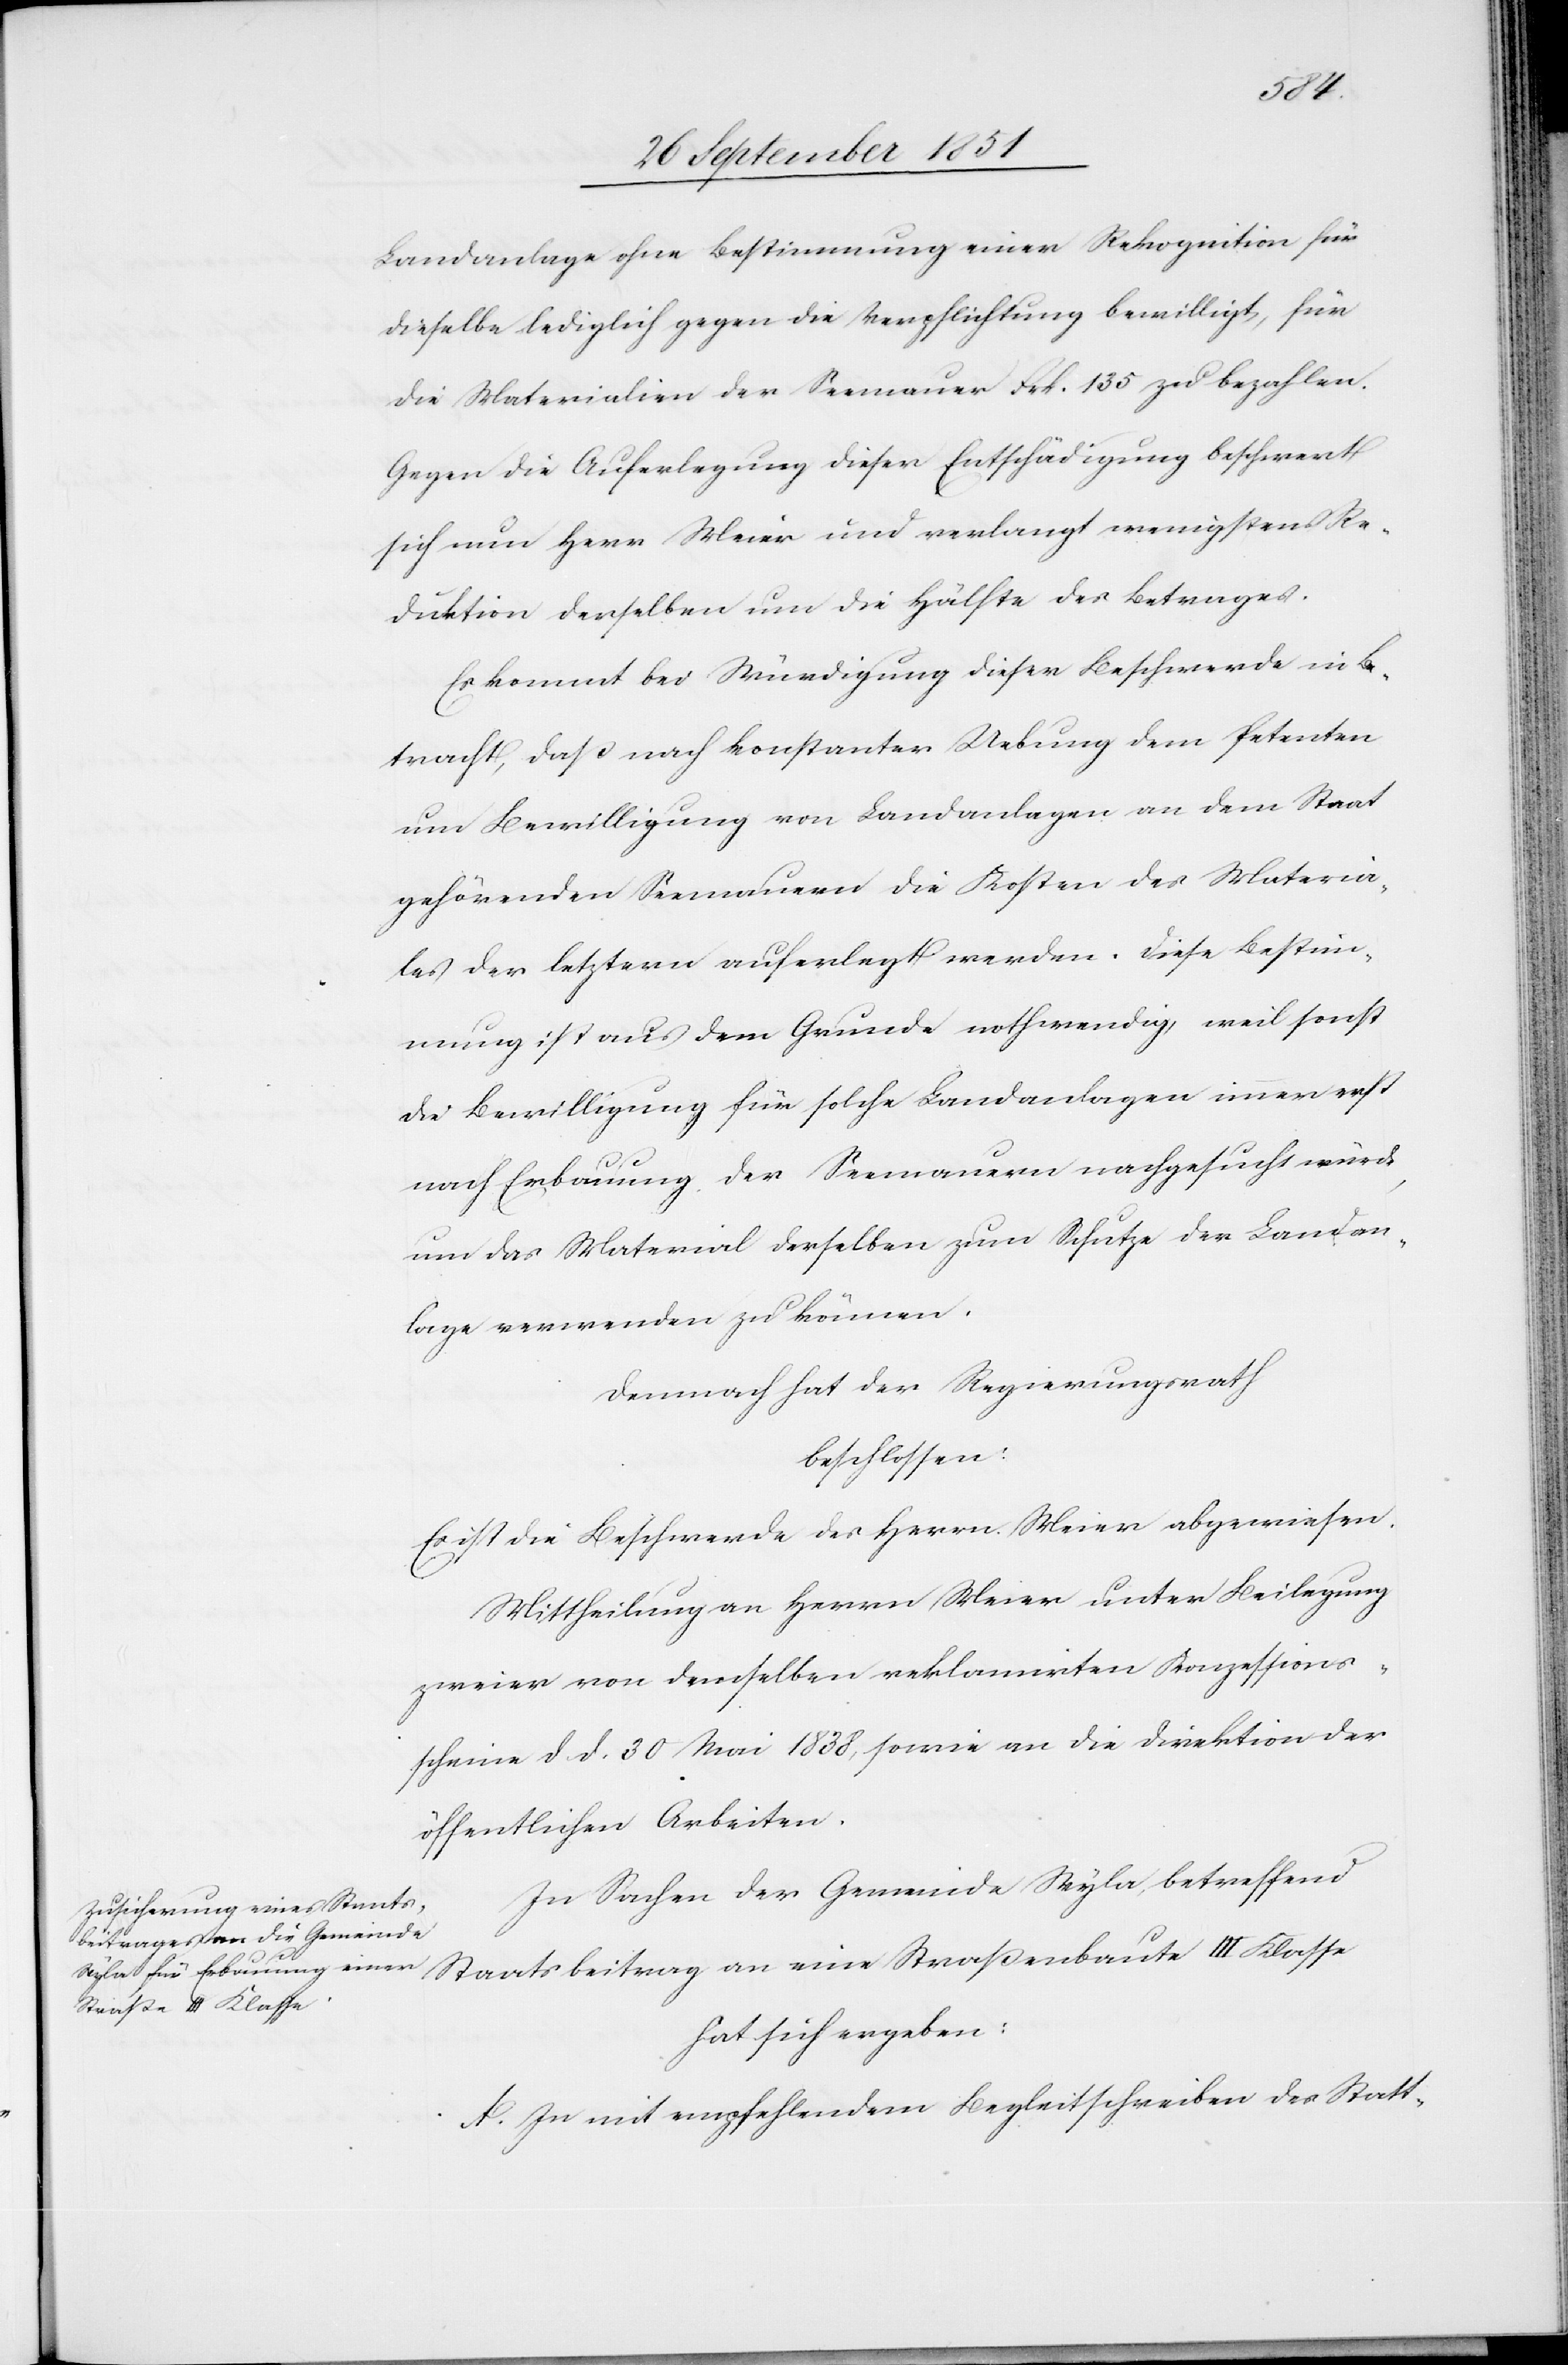
Landanlage ohne Bestimmung einer Rekognition für
dieselbe lediglich gegen die Verpflichtung bewilligt, für
die Materialien der Seemauer Frk. 135 zu bezahlen.
Gegen die Auferlegung dieser Entschädigung beschwert
sich nun Herr Meier und verlangt wenigstens Re¬
duktion derselben um die Hälfte des Betrages.
Es kommt bei Würdigung dieser Beschwerde in Be¬
tracht, daß nach konstanter Uebung dem Petenten
um Bewilligung von Landanlagen an dem Staat
gehörenden Seemauern die Kosten des Materia¬
les der letztern auferlegt werden. Diese Bestim¬
mung ist aus dem Grunde nothwendig, weil sonst
die Bewilligung für solche Landanlagen immer erst
nach Erbauung der Seemauern nachgesucht würde,
um das Material derselben zum Schutze der Landan¬
lage verwenden zu können.
Demnach hat der Regierungsrath
beschlossen:
Es ist die Beschwerde des Herrn Meier abgewiesen.
Mittheilung an Herrn Meier unter Beilegung
zweier von demselben reklamirten Konzessions¬
scheine d. d. 30 Mai 1838, sowie an die Direktion der
öffentlichen Arbeiten.
In Sachen der Gemeinde Wyla, betreffend
Staatsbeitrag an eine Straßenbaute III Klasse
hat sich ergeben:
A. In mit empfehlendem Begleitschreiben des Statt-